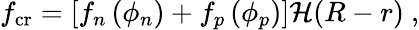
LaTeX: \begin{array}{r}{f_{\mathrm{cr}}=\left[f_{n}\left(\phi_{n}\right)+f_{p}\left(\phi_{p}\right)\right]{\mathcal H}(R-r)\ ,}\end{array}